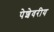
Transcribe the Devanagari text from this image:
पेशेवरीय